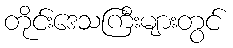
တိုင်းဒေသကြီးများတွင်